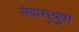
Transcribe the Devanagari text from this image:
सेवासुश्रुषा